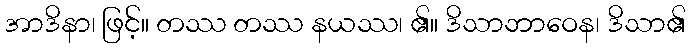
အာဒိနာ၊ ဖြင့်။ တဿ တဿ နယဿ၊ ၏။ ဒိသာဘာဝေန၊ ဒိသာ၏